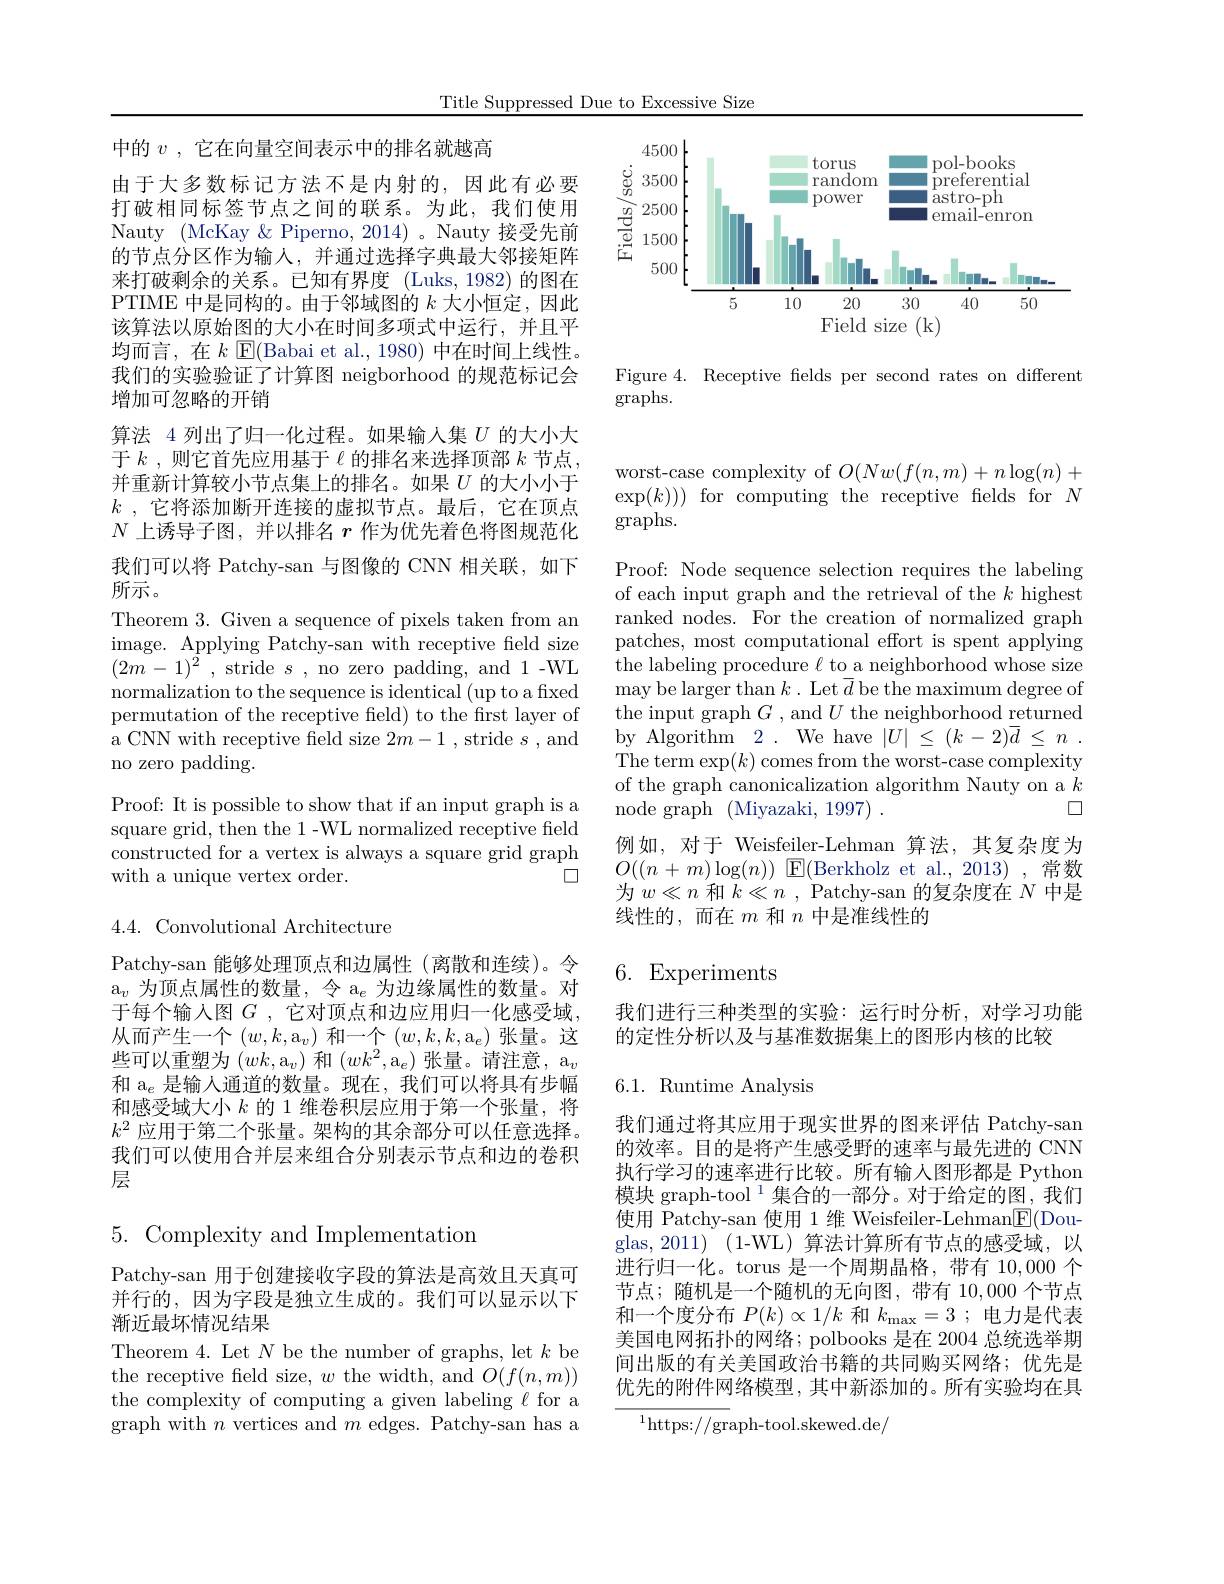
Title Suppressed Due to Excessive Size

<FigureHere>

Figure 4. Receptive fields per second rates on different
graphs.

中的$v$ , 它在向量空间表示中的排名就越高
由于大多数标记方法不是内射的，因此有必要打破相同标签节点之间的联系。为此，我们使用Nauty (McKay &Piperno, 2014)。Nauty 接受先前的节点分区作为输人，并通过选择字典最大邻接矩阵来打破剩余的关系。已知有界度 (Luks,1982)的图在PTIME 中是同构的。由于邻域图的$k$大小恒定，因此该算法以原始图的大小在时间多项式中运行，并且平均而言，在$k$ E(Babai et al., 1980) 中在时间上线性。我们的实验验证了计算图 neigborhood 的规范标记会增加可忽略的开销
算法 4 列出了归一化过程。如果输人集$U$的大小大于$k$ ,则它首先应用基于$\ell$的排名来选择顶部$k$节点， 并重新计算较小节点集上的排名。如果$U$的大小小于$k$ ,它将添加断开连接的虚拟节点。最后，它在顶点$N$上诱导子图，并以排名$r$作为优先着色将图规范化我们可以将 Patchy-san 与图像的 CNN 相关联，如下所示。
Theorem 3. Given a sequence of pixels taken from an image. Applying Patchy-san with receptive feld size $(2m-1)^{2}$ , stride $s$ , no zero padding, and 1-WL normalization to the sequence is identical (up to a fixed permutation of the receptive feld) to the first layer of a CNN with receptive field size $2m-1$ , stride $s$ , and no zero padding.
Proof: It is possible to show that if an input graph is a square grid, then the 1-WL normalized receptive field

constructed for a vertex is always a square grid graph
with a unique vertex order.
口

4.4. Convolutional Architecture

Patchy-san 能够处理顶点和边属性(离散和连续)。令$\mathrm{a}_v$为顶点属性的数量，令 a$_e$为边缘属性的数量。对于每个输入图$G$ ,它对顶点和边应用归一化感受域， 从而产生一个$(w,k,\mathrm{a}_v)$和一个$(w,k,k,\mathrm{a}_e)$张量。这些可以重塑为$(wk,\mathrm{a}_v)$和$(wk^2,\mathrm{a}_e)$张量。请注意，a$_v$ 和 a$_e$是输人通道的数量。现在，我们可以将具有步幅和感受域大小$k$的 1 维卷积层应用于第一个张量，将$k^2$应用于第二个张量。架构的其余部分可以任意选择。我们可以使用合并层来组合分别表示节点和边的卷积层

5.Complexity and Implementation

Patchy-san 用于创建接收字段的算法是高效且天真可并行的，因为字段是独立生成的。我们可以显示以下渐近最坏情况结果
Theorem 4. Let $N$ be the number of graphs, let $k$ be the receptive feld size, $w$ the width, and $O(f(n,m))$ the complexity of computing a given labeling $\ell$ for a graph with $n$ vertices and $m$ edges. Patchy-san has a

worst-case complexity of $O(Nw(f(n,m)+n\log(n)+$ $\exp(k))$ for computing the receptive felds for $N$ graphs.

Proof: Node sequence selection requires the labeling of each input graph and the retrieval of the $k$ highest ranked nodes. For the creation of normalized graph patches, most computational effort is spent applying $\dot{\text{the labeling procedure }\ell\text{ to a neighborhood whose size}}$ may be larger than $k.$ Let $\overline d$ be the maximum degree of the input graph $G$ , and $U$ the neighborhood returned $\underline {\mathrm{by~Algorithm~2~. ~We~have~}}| U| \leq ( k- 2) \overline {d}\leq n$ . The term exp$(k)$ comes from the worst-case complexity of the graph canonicalization algorithm Nauty on a $k$
口
node graph (Miyazaki, 1997) .
例如，对于 Weisfeiler-Lehman 算法，其复杂度为

$O((n+m)\log(n))$ E(Berkholz et al., 2013) , 常数为$w\ll n$ 和 $k\ll n$ , Patchy- san 的复杂度在 $N$ 中是线性的，而在$m$和$n$中是准线性的

# 6. Experiments

我们进行三种类型的实验：运行时分析，对学习功能
的定性分析以及与基准数据集上的图形内核的比较

6.1. Runtime Analysis

我们通过将其应用于现实世界的图来评估 Patchy-san 的效率。目的是将产生感受野的速率与最先进的 CNN 执行学习的速率进行比较。所有输入图形都是 Python 模块 graph-tool $^{1}$集合的一部分。对于给定的图，我们使用 Patchy-san 使用 1 维 Weisfeiler-Lehman$\underline{\mathrm{F}}($Douglas, 2011) (1-WL)算法计算所有节点的感受域，以进行归一化。torus 是一个周期晶格，带有 10,000 个节点；随机是一个随机的无向图，带有 10,000 个节点和一个度分布$P(k)\propto1/k$和$k_\mathrm{max}=3$ ;电力是代表美国电网拓扑的网络；polbooks 是在 2004 总统选举期间出版的有关美国政治书籍的共同购买网络；优先是优先的附件网络模型，其中新添加的。所有实验均在具

$^{1}$https://graph-tool.skewed.de/